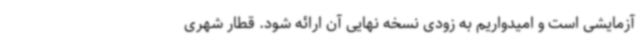
آزمایشی است و امیدواریم به زودی نسخه نهایی آن ارائه شود. قطار شهری